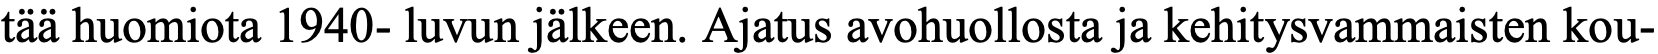
tää huomiota 1940- luvun jälkeen. Ajatus avohuollosta ja kehitysvammaisten kou-